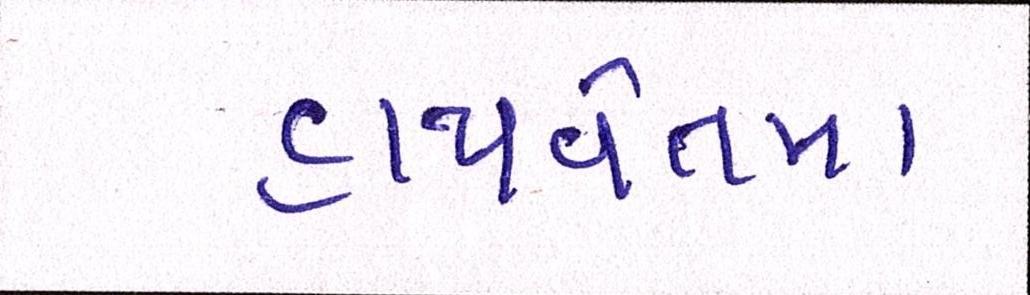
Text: હાથવેતમા